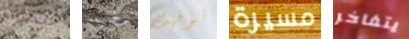
مصانع سخيفه توفيت مسيرة يتفاخر